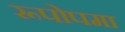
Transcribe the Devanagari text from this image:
रूपोपमा